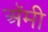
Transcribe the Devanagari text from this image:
अॅमी